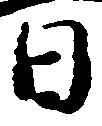
日